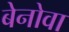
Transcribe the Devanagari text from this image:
बेनोवा